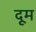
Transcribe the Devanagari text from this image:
दूूम